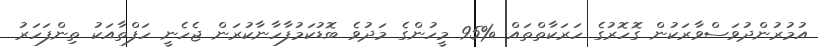
އުމުރުންދުވަސްވާރަކުން ގޮހޮރުގެ ހަރަކާތްތައް %95 މީހުންގެ މަދުވެ ބޮޑުކަމުފާހާނާކުރަން ޖެހެނީ ހަފްތާއަކު ތިންފަހަރު